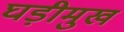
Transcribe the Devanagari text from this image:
घड़ीमुख